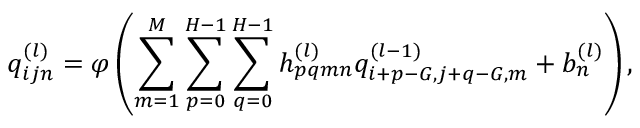
q _ { i j n } ^ { ( l ) } = \varphi \left( \sum _ { m = 1 } ^ { M } \sum _ { p = 0 } ^ { H - 1 } \sum _ { q = 0 } ^ { H - 1 } h _ { p q m n } ^ { ( l ) } q _ { i + p - G , j + q - G , m } ^ { ( l - 1 ) } + b _ { n } ^ { ( l ) } \right) ,